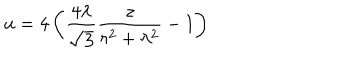
u = 4 \left( { \frac { 4 \lambda } { \sqrt { 3 } } } { \frac { z } { r ^ { 2 } + \lambda ^ { 2 } } } - 1 \right)